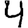
Digit: 4